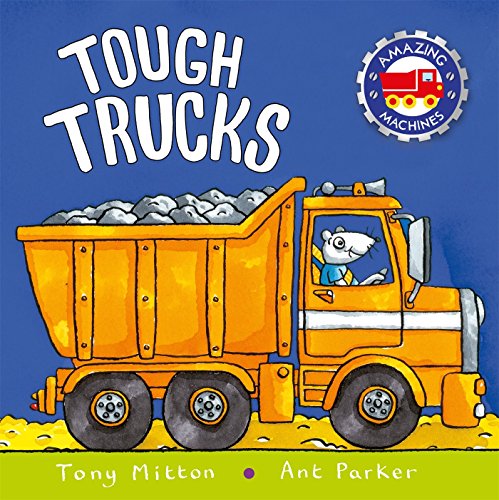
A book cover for Tough Trucks (Amazing Machines); Tony Mitton; Children's Books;